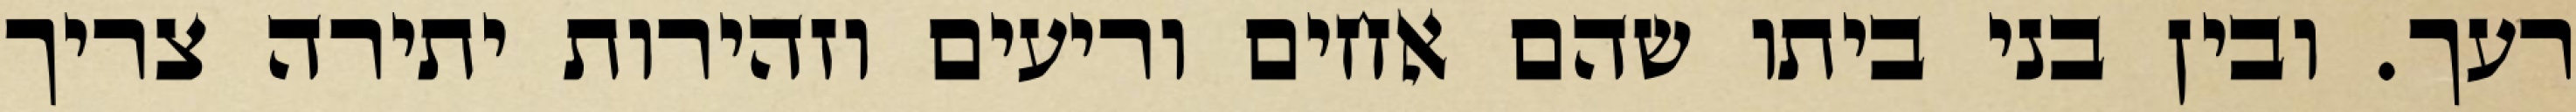
רעך. ובין בני ביתו שהם אחים וריעים וזהירות יתירה צריך